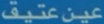
عين-عثيف